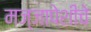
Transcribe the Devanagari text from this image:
मज्जापेशीचे